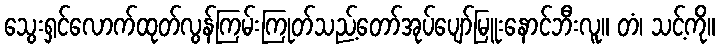
သွေးရှင်လောက်ထုတ်လွန်ကြမ်းကြုတ်သည့်တော်အုပ်ပျော်မြူးနောင်ဘီးလူ။ တံ၊ သင့်ကို။